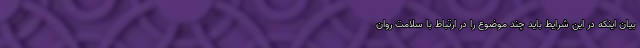
بیان اینکه در این شرایط باید چند موضوع را در ارتباط با سلامت روان